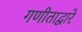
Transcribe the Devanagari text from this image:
गणीताद्वारे